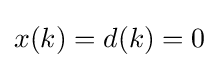
{\textstyle x(k)=d(k)=0}